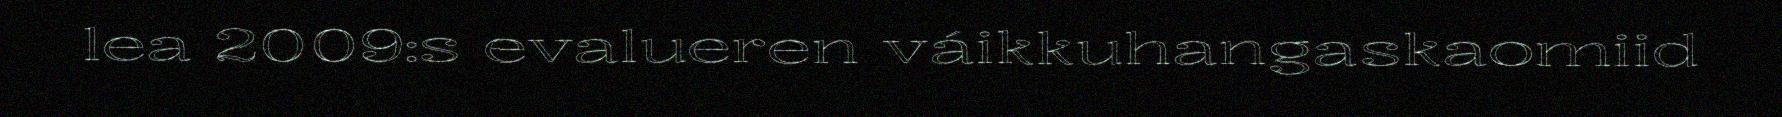
lea 2009:s evalueren váikkuhangaskaomiid